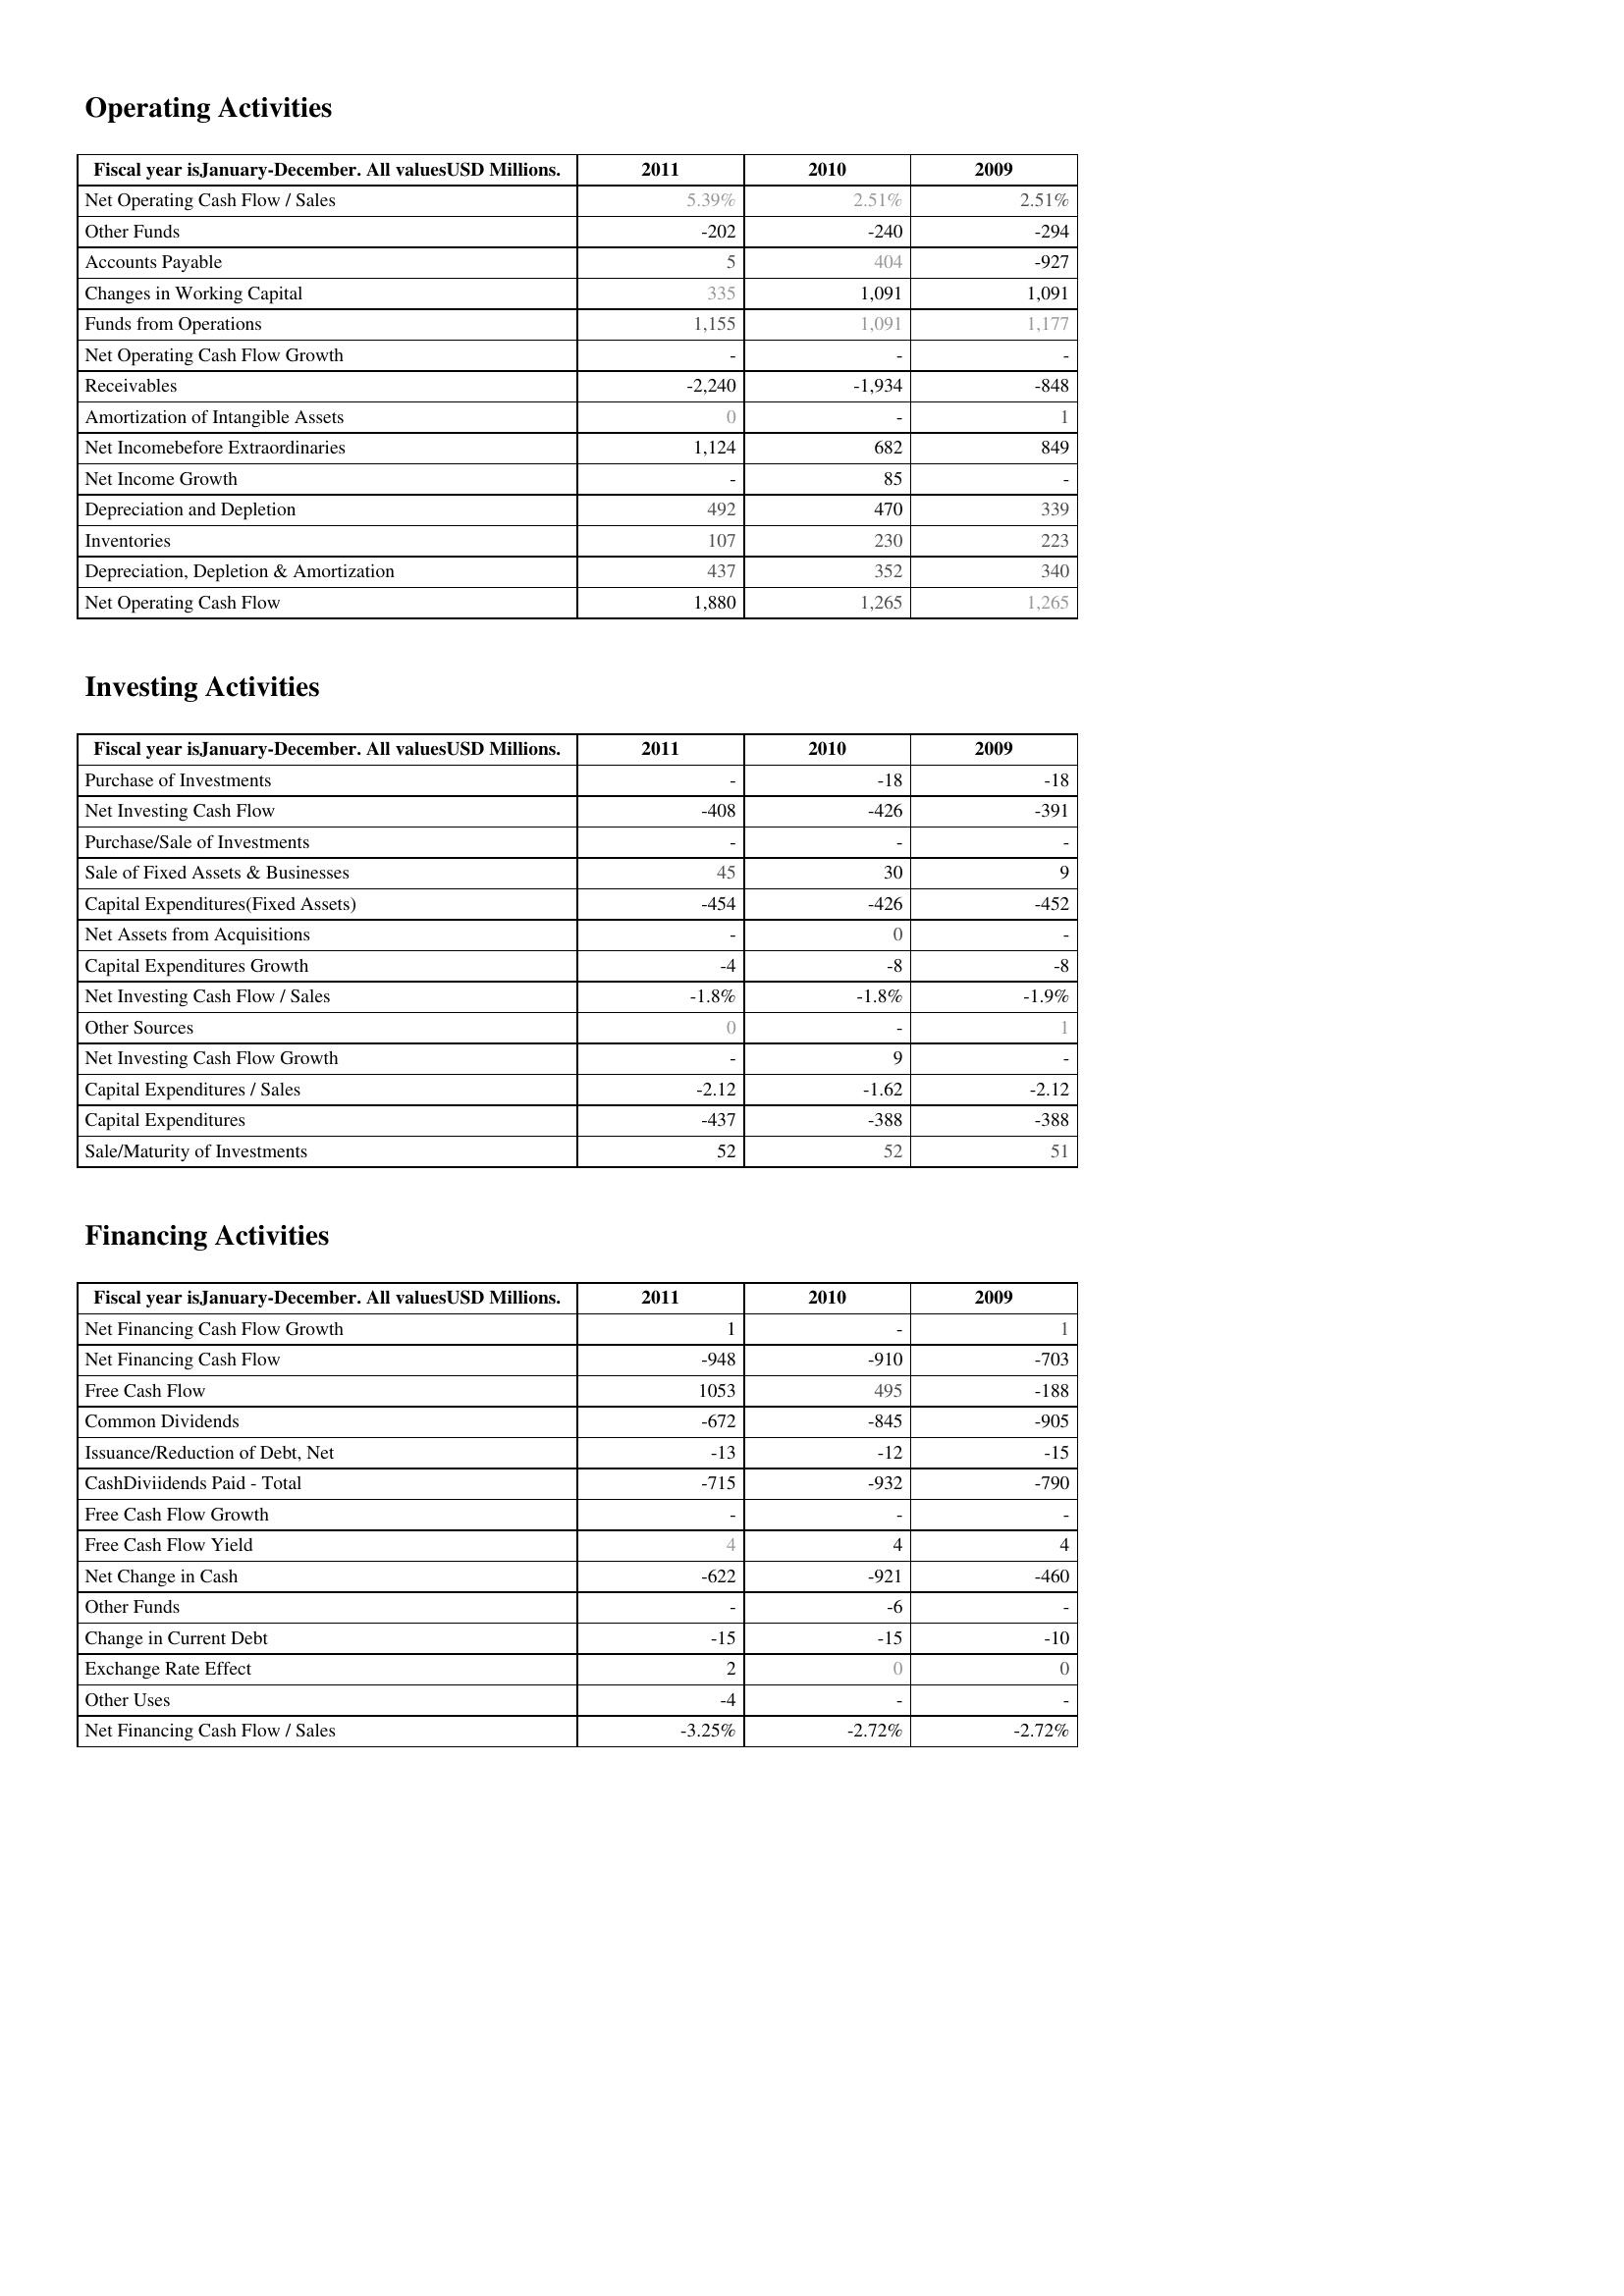
2011: Operating Activities: Net Operating Cash Flow / Sales: 5.39%
Other Funds: -202
Accounts Payable: 5
Changes in Working Capital: 335
Funds from Operations: 1,155
Net Operating Cash Flow Growth: -
Receivables: -2,240
Amortization of Intangible Assets: 0
Net Incomebefore Extraordinaries: 1,124
Net Income Growth: -
Depreciation and Depletion: 492
Inventories: 107
Depreciation, Depletion & Amortization: 437
Net Operating Cash Flow: 1,880
Investing Activities: Purchase of Investments: -
Net Investing Cash Flow: -408
Purchase/Sale of Investments: -
Sale of Fixed Assets & Businesses: 45
Capital Expenditures(Fixed Assets): -454
Net Assets from Acquisitions: -
Capital Expenditures Growth: -4
Net Investing Cash Flow / Sales: -1.8%
Other Sources: 0
Net Investing Cash Flow Growth: -
Capital Expenditures / Sales: -2.12
Capital Expenditures: -437
Sale/Maturity of Investments: 52
Financing Activities: Net Financing Cash Flow Growth: 1
Net Financing Cash Flow: -948
Free Cash Flow: 1053
Common Dividends: -672
Issuance/Reduction of Debt, Net: -13
CashDiviidends Paid - Total: -715
Free Cash Flow Growth: -
Free Cash Flow Yield: 4
Net Change in Cash: -622
Other Funds: -
Change in Current Debt: -15
Exchange Rate Effect: 2
Other Uses: -4
Net Financing Cash Flow / Sales: -3.25%
2010: Operating Activities: Net Operating Cash Flow / Sales: 2.51%
Other Funds: -240
Accounts Payable: 404
Changes in Working Capital: 1,091
Funds from Operations: 1,091
Net Operating Cash Flow Growth: -
Receivables: -1,934
Amortization of Intangible Assets: -
Net Incomebefore Extraordinaries: 682
Net Income Growth: 85
Depreciation and Depletion: 470
Inventories: 230
Depreciation, Depletion & Amortization: 352
Net Operating Cash Flow: 1,265
Investing Activities: Purchase of Investments: -18
Net Investing Cash Flow: -426
Purchase/Sale of Investments: -
Sale of Fixed Assets & Businesses: 30
Capital Expenditures(Fixed Assets): -426
Net Assets from Acquisitions: 0
Capital Expenditures Growth: -8
Net Investing Cash Flow / Sales: -1.8%
Other Sources: -
Net Investing Cash Flow Growth: 9
Capital Expenditures / Sales: -1.62
Capital Expenditures: -388
Sale/Maturity of Investments: 52
Financing Activities: Net Financing Cash Flow Growth: -
Net Financing Cash Flow: -910
Free Cash Flow: 495
Common Dividends: -845
Issuance/Reduction of Debt, Net: -12
CashDiviidends Paid - Total: -932
Free Cash Flow Growth: -
Free Cash Flow Yield: 4
Net Change in Cash: -921
Other Funds: -6
Change in Current Debt: -15
Exchange Rate Effect: 0
Other Uses: -
Net Financing Cash Flow / Sales: -2.72%
2009: Operating Activities: Net Operating Cash Flow / Sales: 2.51%
Other Funds: -294
Accounts Payable: -927
Changes in Working Capital: 1,091
Funds from Operations: 1,177
Net Operating Cash Flow Growth: -
Receivables: -848
Amortization of Intangible Assets: 1
Net Incomebefore Extraordinaries: 849
Net Income Growth: -
Depreciation and Depletion: 339
Inventories: 223
Depreciation, Depletion & Amortization: 340
Net Operating Cash Flow: 1,265
Investing Activities: Purchase of Investments: -18
Net Investing Cash Flow: -391
Purchase/Sale of Investments: -
Sale of Fixed Assets & Businesses: 9
Capital Expenditures(Fixed Assets): -452
Net Assets from Acquisitions: -
Capital Expenditures Growth: -8
Net Investing Cash Flow / Sales: -1.9%
Other Sources: 1
Net Investing Cash Flow Growth: -
Capital Expenditures / Sales: -2.12
Capital Expenditures: -388
Sale/Maturity of Investments: 51
Financing Activities: Net Financing Cash Flow Growth: 1
Net Financing Cash Flow: -703
Free Cash Flow: -188
Common Dividends: -905
Issuance/Reduction of Debt, Net: -15
CashDiviidends Paid - Total: -790
Free Cash Flow Growth: -
Free Cash Flow Yield: 4
Net Change in Cash: -460
Other Funds: -
Change in Current Debt: -10
Exchange Rate Effect: 0
Other Uses: -
Net Financing Cash Flow / Sales: -2.72%